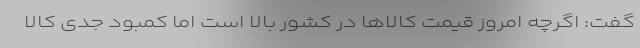
گفت: اگرچه امروز قیمت کالاها در کشور بالا است اما کمبود جدی کالا